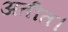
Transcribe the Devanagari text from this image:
अतीत।